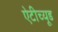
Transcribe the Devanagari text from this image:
ऐटीच्यूड